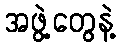
အဖွဲ့တွေနဲ့